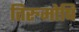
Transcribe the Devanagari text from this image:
तिरुमोषि